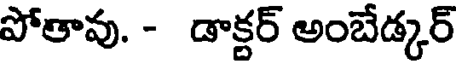
పోతావు. - డాక్టర్ అంబేడ్కర్